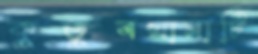
কুতুবখানাটি